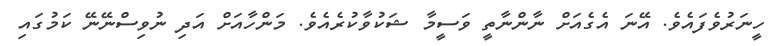
ހީނަރުވެފައެވެ. އޭނަ އެގެއަށް ނާންނާތީ ވަސީމާ ޝަކުވާކުރެއެވެ. މަންހާއަށް އަދި ނުވިސްނޭނޭ ކަމުގައި